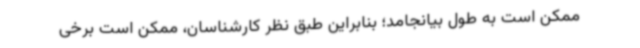
ممکن است به طول بیانجامد؛ بنابراین طبق نظر کارشناسان، ممکن است برخی